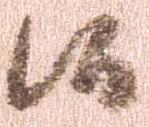
候